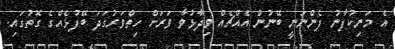
އެ މަނިކުފާނު ފެންނަނީ ބޭނުން އެއްޗެއް ވިދާޅުވާ ވަރަށް ހިތްވަރުގަދަ ބޭފުޅެއްގެ ގޮތުގައި.